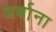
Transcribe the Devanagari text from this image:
अर्बाना